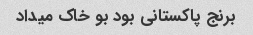
برنج پاکستانی بود بو خاک میداد